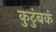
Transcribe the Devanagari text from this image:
कुटुंबकं